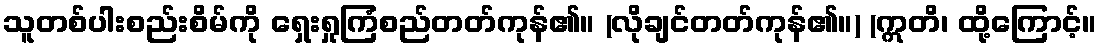
သူတစ်ပါးစည်းစိမ်ကို ရှေးရှုကြံစည်တတ်ကုန်၏။ (လိုချင်တတ်ကုန်၏။) (ဣတိ၊ ထို့ကြောင့်။